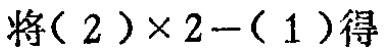
将\((2)\times 2-(1)\)得